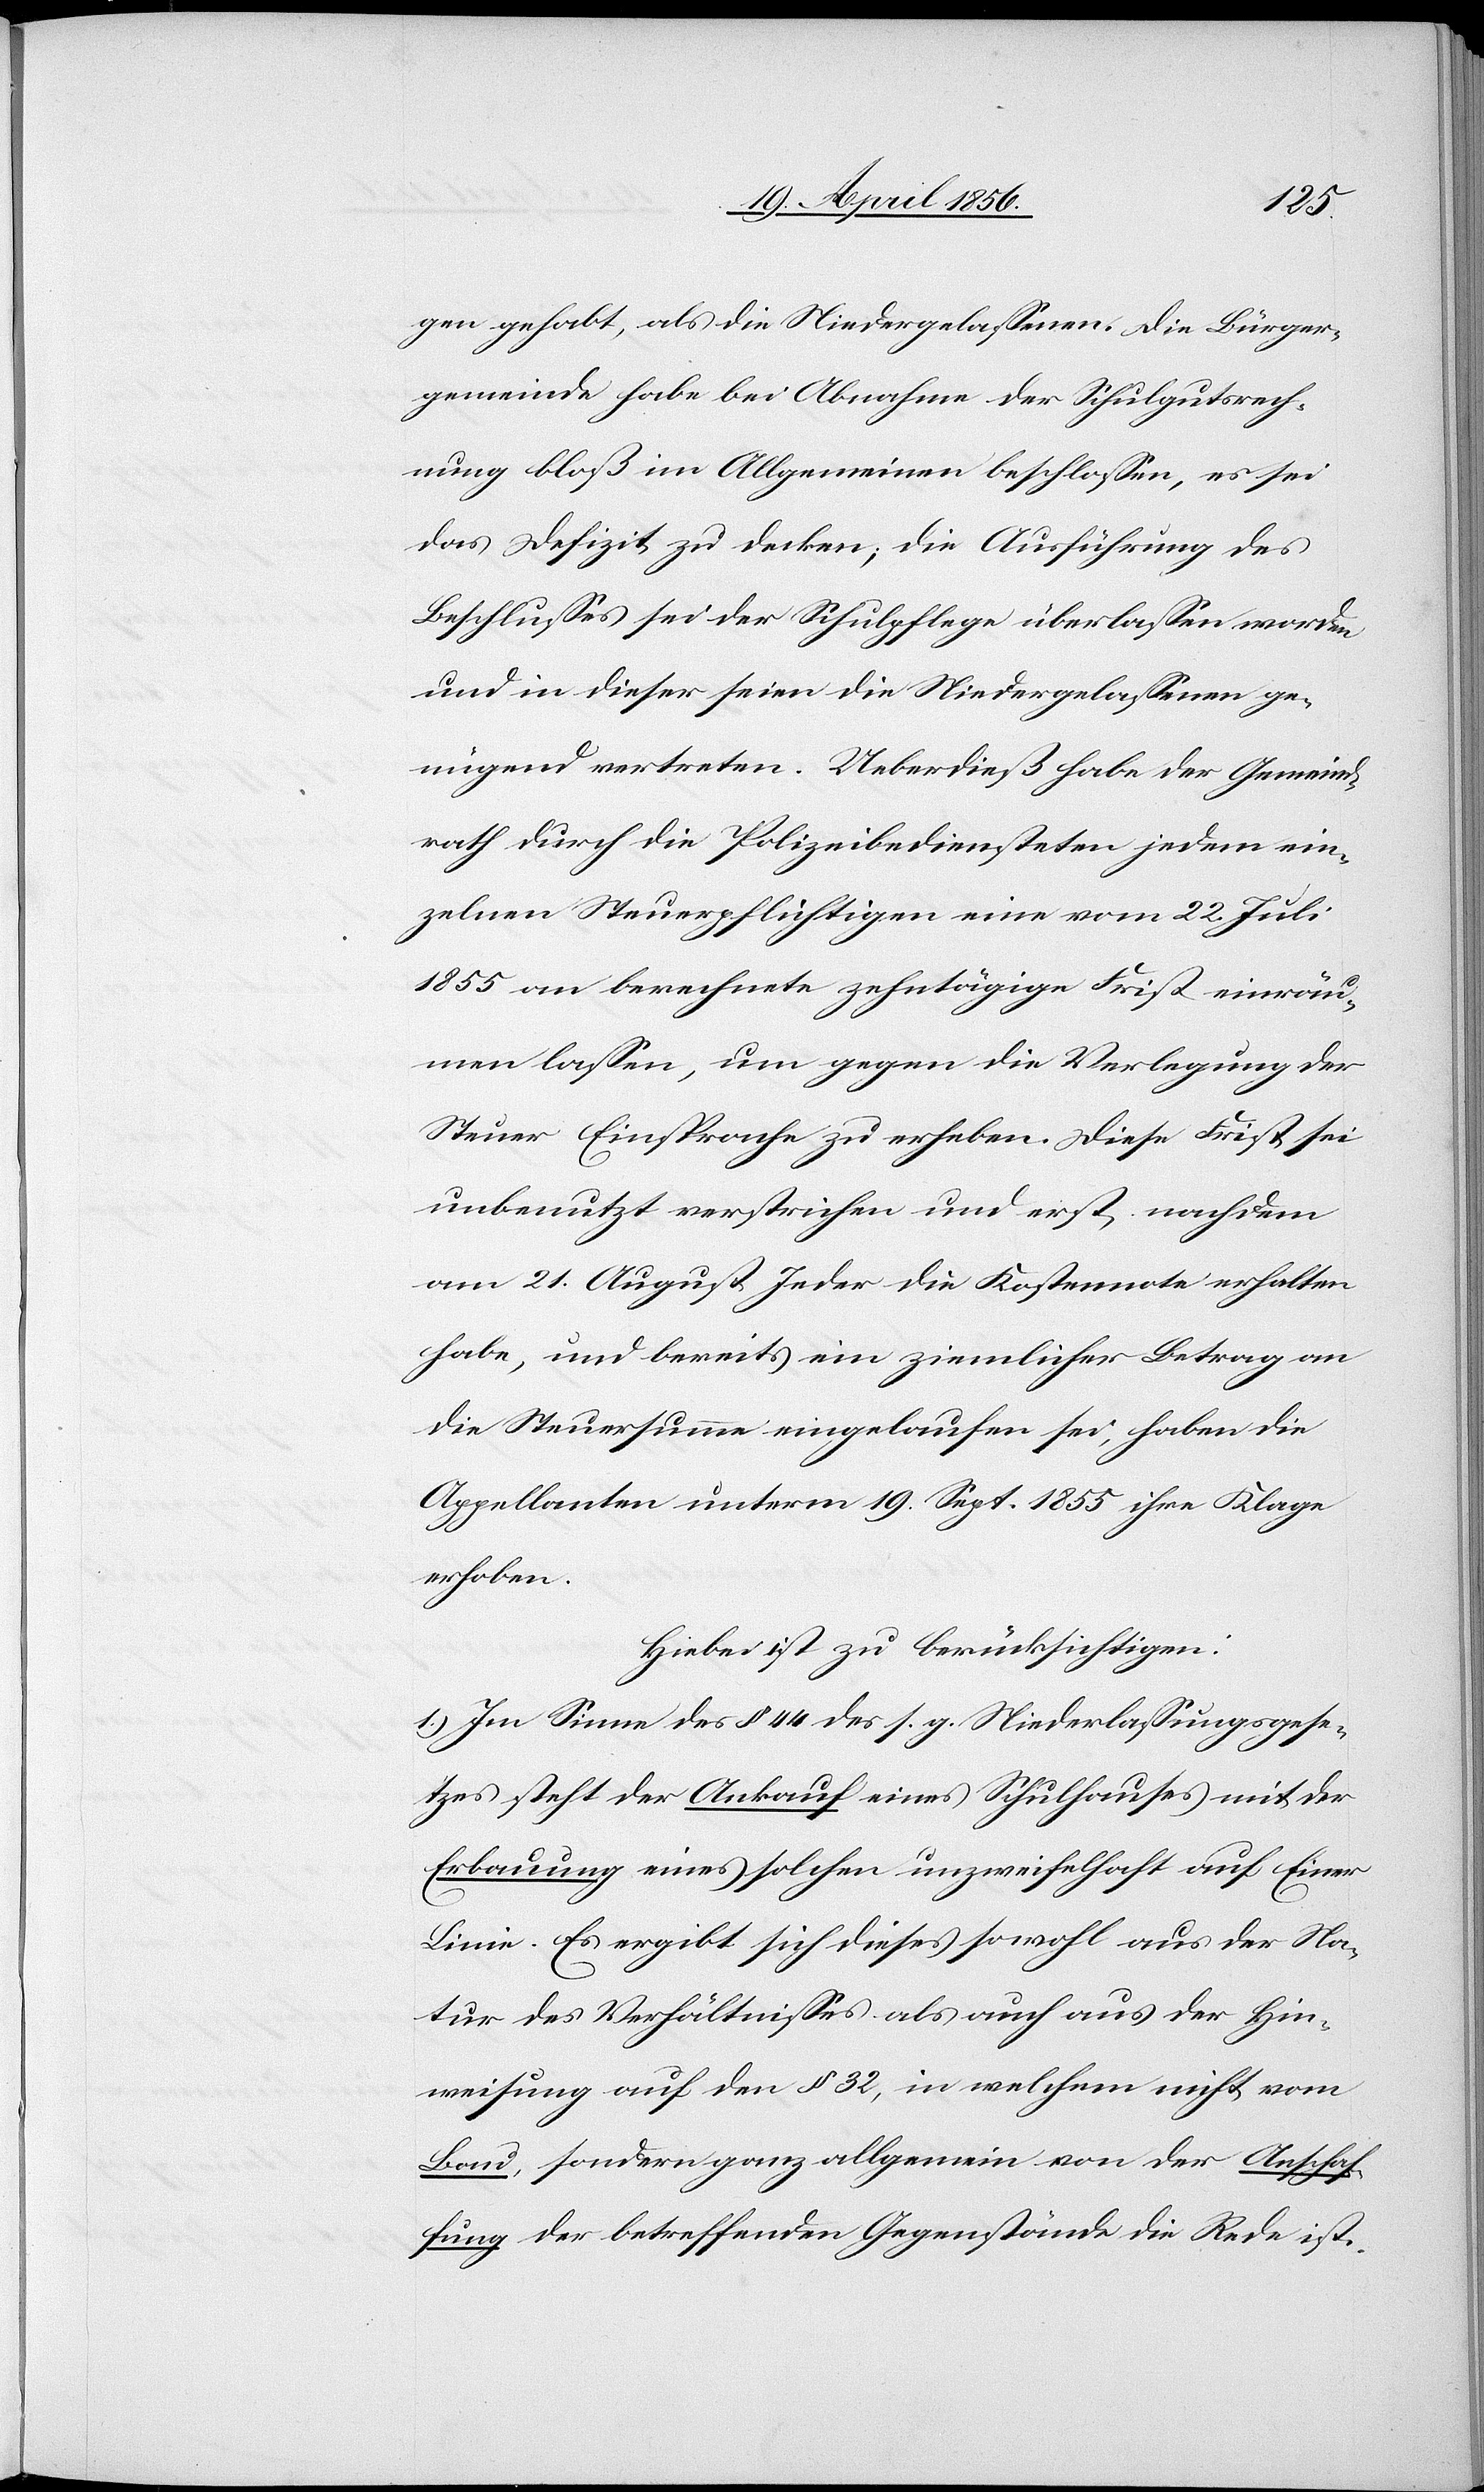
gen gehabt, als die Niedergelassenen. Die Bürger¬
gemeinde habe bei Abnahme der Schulgutsrech¬
nung bloß im Allgemeinen beschlossen, es sei
das Defizit zu decken; die Ausführung des
Beschlusses sei der Schulpflege überlassen worden
und in dieser seien die Niedergelassenen ge¬
nügend vertreten. Ueberdieß habe der Gemeind¬
rath durch die Polizeibediensteten jedem ein¬
zelnen Steuerpflichtigen eine vom 22. Juli
1855 an berechnete zehntägige Frist einräu¬
men lassen, um gegen die Verlegung der
Steuer Einsprache zu erheben. Diese Frist sei
unbenutzt verstrichen und erst nachdem
am 21. August Jeder die Kostennote erhalten
habe, und bereits ein ziemlicher Betrag an
die Steuersumme eingelaufen sei, haben die
Appellanten unterm 19. Sept. 1855 ihre Klage
erhoben.
Hiebei ist zu berücksichtigen:
1.) Im Sinne des § 44 des s. g. Niederlassungsgese¬
tzes steht der Ankauf eines Schulhauses mit der
Erbauung eines solchen unzweifelhaft auf Einer
Linie. Es ergibt sich dieses sowohl aus der Na¬
tur der Verhältnisses als auch aus der Hin¬
weisung auf den § 32, in welchem nicht vom
Bau, sondern ganz allgemein von der Anschaf¬
fung der betreffenden Gegenstände die Rede ist.